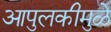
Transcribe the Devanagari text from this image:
आपुलकीमुळे